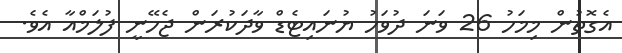
އެގޮތުން މިމަހު 26 ވަނަ ދުވަހު ޔުނައިޓެޑް ވާދަކުރަން ޖެހޭނީ ފުލަމްއާ އެވެ.